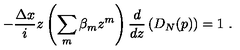
- { \frac { \Delta x } { i } } z \left( \sum _ { m } \beta _ { m } z ^ { m } \right) { \frac { d } { d z } } \left( D _ { N } ( p ) \right) = 1 \ .